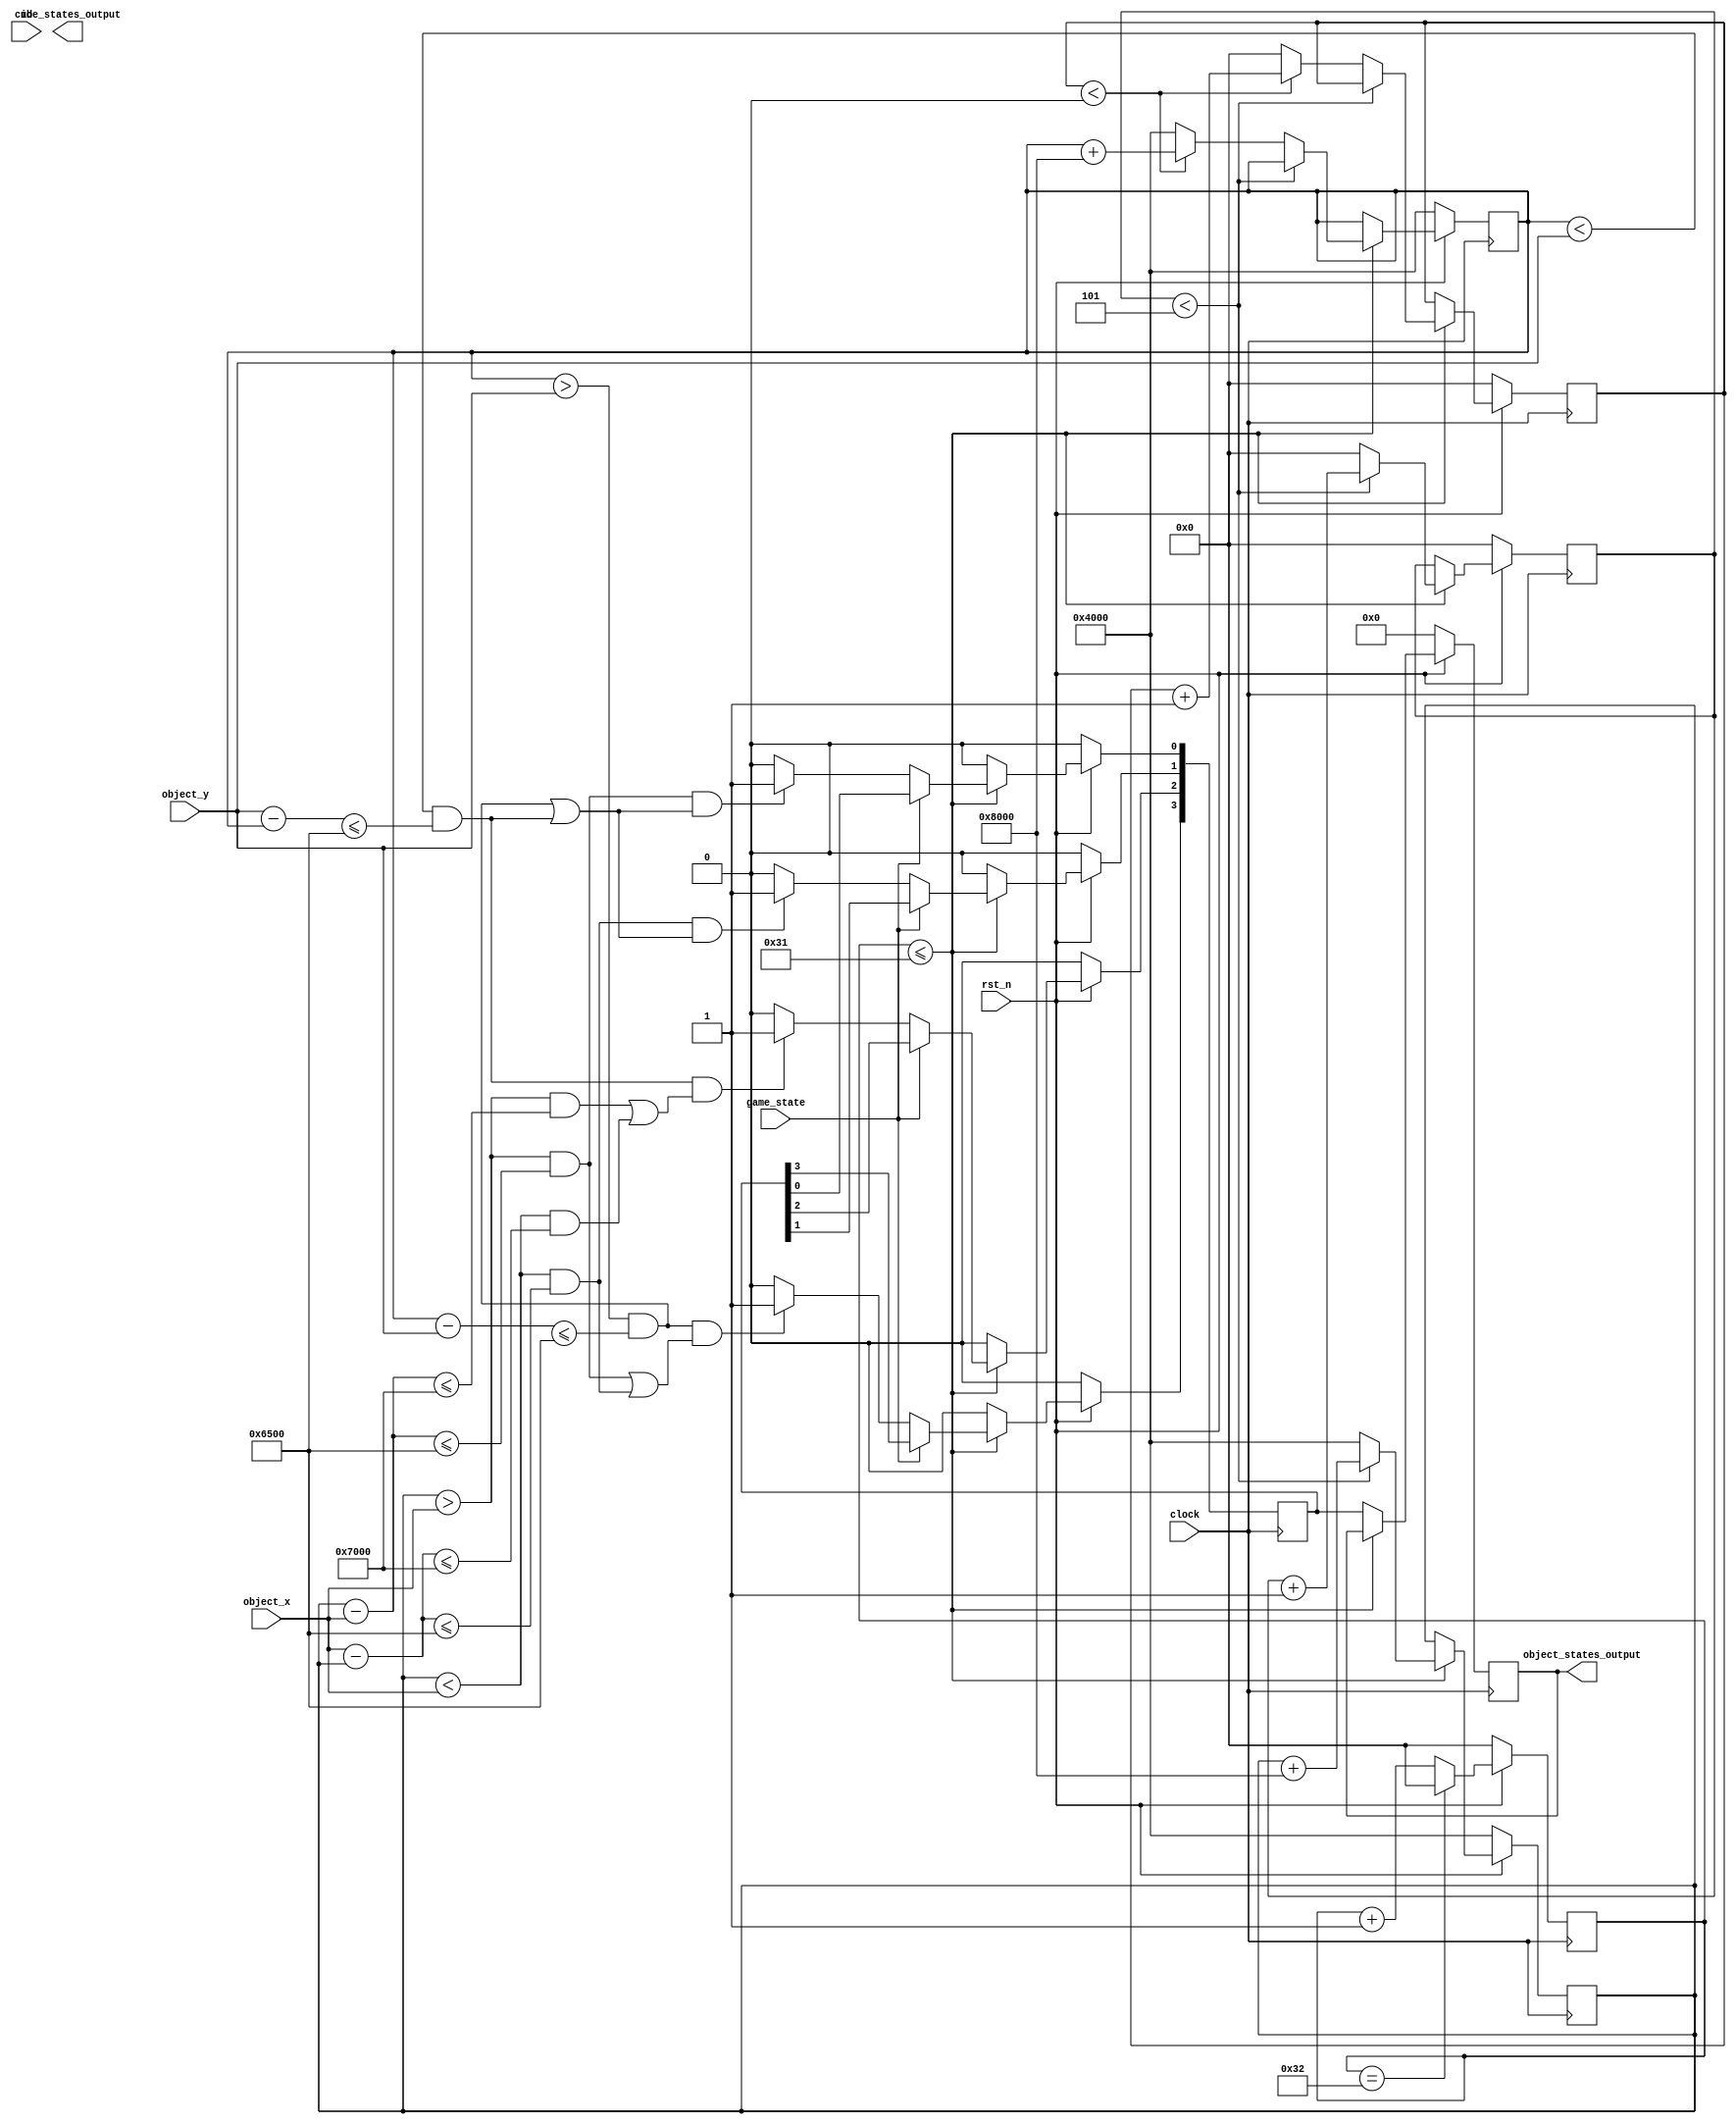
module cubes(
    input wire game_state, //输入状态 0为正常碰撞检测，1为炮弹爆炸时消去方块
    input wire rst_n, //清零
    input wire clock,  //时钟
    //当前物体信息
    input wire       id,        //0为炮弹，1为人
    input wire[17:0] object_x,  //目前运动物体的x坐标
    input wire[17:0]  object_y,  // y坐标
    output reg[3:0]  object_states_output, // 输出的状态
    output wire[49:0] cube_states_output 
);
    localparam collide_check = 1'b0; //碰撞检测
    localparam explode_check = 1'b1; //爆炸
    localparam half_cube_size = 16'h4000; //半个方块
    localparam init_cube_state = {50{1'b1}}; //初始化
    localparam cube_size = 16'h8000; //方块尺寸
    localparam top_cube_height = 16'h20000; //起始方块位置 纵200-600，横0-800
    localparam num_cubes = 8'h50; //一共50个方块
    localparam num_vertical = 4'h10; //横向有10个方块
    localparam num_horizontal = 4'h5; //纵向有5个方块
    localparam object_size = 16'h5000; //物体尺寸 50x50
    localparam explode_rad = 100000000; //爆炸半径的平方
    /*接下来为检测碰撞，
    水平方向碰撞为物体与方块中心小于等于65，
    位于方块之下被顶到判定为小于等于65，
    位于方块之上被支撑为距离小于等于65且水平方向距离小于70，
    */
    localparam collide_dist = 16'h6500;
    localparam suppot_wide =  16'h7000;
    //  状态
	 reg [3:0] object_states;  //物体状态
    reg[49:0] cube_states;   //方块状态
    reg[7:0]  current_cube_x; //目前方块的是横向第几个
    reg[7:0]  current_cube_y; //目前方块是纵向第几个
    reg[17:0] cube_pos_x; //目前处理的方块的中心——x
    reg[17:0]  cube_pos_y; //目前处理的方块的——y
    reg[7:0]  current_cube_id;
    reg[3:0]  flag; //标，用于进行判断
    integer dist_x; //距离(用于算数)
    integer dist_y; //距离
    always @(posedge clock)
    begin
        if(rst_n == 0) //清零
        begin
            cube_states <= init_cube_state ; 
            cube_pos_x <= half_cube_size;
            cube_pos_y <= top_cube_height + half_cube_size; 
            current_cube_id <= 8'b0; 
            object_states <= 4'b0; //支撑取消
            current_cube_x = 8'b0;
            current_cube_y = 8'b0;
            flag <=4'b0;
				object_states_output <= 4'b0;
        end
        else //正常状态
        begin
				if(current_cube_id <=49)
				begin
					if(game_state == collide_check) //检查碰撞
					begin
                //组合逻辑阻塞
                //上方碰撞
						flag[3] = (cube_pos_y > object_y)&(cube_pos_y - object_y <= collide_dist);  //高度满足碰撞条件
						flag[2] = (cube_pos_x > object_x)&(cube_pos_x - object_x <= collide_dist);
						flag[1] = (cube_pos_x < object_x)&(object_x - cube_pos_x <= collide_dist); //水平位置
						if(flag[3] & (flag[2] | flag[1]))
							object_states[3] <= 1;
						else
							object_states[3] <= 0;
					//左方碰撞检测
						flag[3] = (cube_pos_x < object_x)&(object_x - cube_pos_x <= collide_dist); //与左边方块距离满足碰撞条件
						flag[2] = (cube_pos_y > object_y)&(cube_pos_y - object_y <= collide_dist); //垂直位置
						flag[1] = (cube_pos_y < object_y)&(object_y - cube_pos_y <= collide_dist);
						if(flag[3] & (flag[2] | flag[1]))
							object_states[1] <= 1;
						else
							object_states[1] <= 0;
                //右方碰撞检测
						flag[3] = (cube_pos_x > object_x)&(cube_pos_x - object_x <= collide_dist); //与右边方块距离满足碰撞条件
						flag[2] = (cube_pos_y > object_y)&(cube_pos_y - object_y <= collide_dist); //垂直位置
						flag[1] = (cube_pos_y < object_y)&(object_y - cube_pos_y <= collide_dist);
						if(flag[3] & (flag[2] | flag[1]))
							object_states[0] <= 1;
						else
							object_states[0] <= 0;
                //上方支撑检测
						flag[3] = (cube_pos_y < object_y)&(object_y - cube_pos_y <= collide_dist); //在上方
						flag[2] = (cube_pos_x > object_x)&(cube_pos_x - object_x <= suppot_wide);
						flag[1] = (cube_pos_x < object_x)&(object_x - cube_pos_x <= suppot_wide); //水平位置
						if(flag[3] & (flag[2] | flag[1]))
							object_states[2] <= 1;
						else
							object_states[2] <= 0;
					end
					else if(game_state == explode_check) //爆炸检测
					begin
						dist_x = cube_pos_x - object_x;
						dist_y = cube_pos_y - object_y;
						if(dist_x*dist_x + dist_y*dist_y <= explode_rad) //小于爆炸半径
							cube_states[current_cube_id] <= 0;
						else
							cube_states[current_cube_id] <= 1;
					end
					
 
					//更新x位置
					if(current_cube_x < num_horizontal) //没有到最右边
					begin
						current_cube_x <= current_cube_x + 1;
						cube_pos_x <= cube_pos_x + cube_size;
					end
					else
					begin
						current_cube_x <= 0;
						cube_pos_x <= half_cube_size;
						//y位置
						if(current_cube_y < num_vertical) //没到右边
						begin
							current_cube_y <= current_cube_y + 1;
							cube_pos_y <= cube_pos_y + cube_size;
						end
						else
						begin
							current_cube_y = 0;
							cube_pos_y <= top_cube_height + half_cube_size;
						end
					end
				end
				else //id = 50
				begin
					object_states_output <= object_states; //采样
					object_states <= 4'b0000;
				end
				if(current_cube_id == 50)
					current_cube_id <= 8'b0;
				else
					current_cube_id <= current_cube_id + 1;
			end
			
    end




endmodule